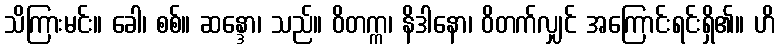
သိကြားမင်း။ ခေါ၊ စစ်။ ဆန္ဒော၊ သည်။ ဝိတက္က၊ နိဒါနော၊ ဝိတက်လျှင် အကြောင်းရင်းရှိ၏။ ဟိ